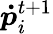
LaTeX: \boldsymbol{{\dot{p}}}_{i}^{t+1}